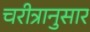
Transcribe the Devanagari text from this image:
चरीत्रानुसार